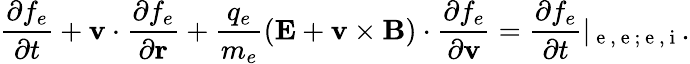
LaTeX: \frac{\partial f_{e}}{\partial t}+\textbf{v}\cdot\frac{\partial f_{e}}{\partial\textbf{r}}+\frac{q_{e}}{m_{e}}(\textbf{E}+{\textbf{v}\times\textbf{B}})\cdot\frac{\partial f_{e}}{\partial\textbf{v}}=\frac{\partial f_{e}}{\partial t}|_{\mathrm{~e~,~e~;~e~,~i~}}.